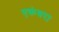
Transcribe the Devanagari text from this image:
एकंबरा